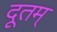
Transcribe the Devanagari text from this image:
दूतम्